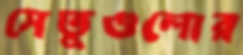
সেতুগুলোর